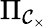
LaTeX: \Pi_{{\mathcal{C}}_{\times}}